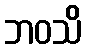
ဘဝသိ